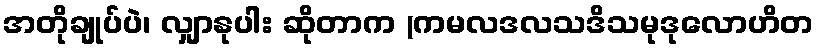
အတိုချုပ်ပဲ၊ လျှာနုပါး ဆိုတာက (ကမလဒလသဒိသမုဒုလောဟိတ